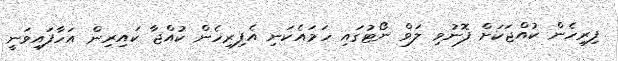
ފިރިހެން ކުއްޖަކަށް ފޮނުވި ލަވް ނޯޓުގައި ހަމައެކަނި އެފިރިހެން ކުއްޖާ ކައިރިން އަހާފައިވަނީ